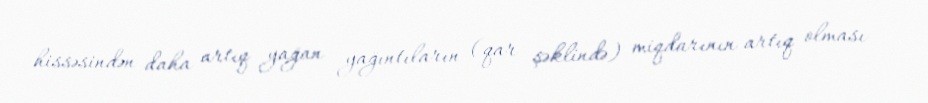
hissəsindən daha artıq yağan yağıntıların (qar şəklində) miqdarının artıq olması